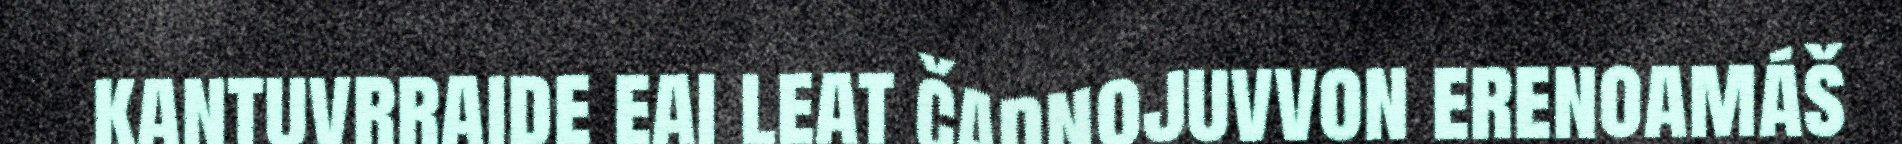
kantuvrraide eai leat čadnojuvvon erenoamáš